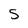
Character: S